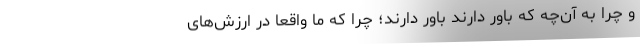
و چرا به آن‌چه که باور دارند باور دارند؛ چرا که ما واقعاً در ارزش‌های